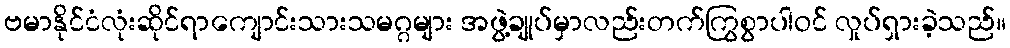
ဗမာနိုင်ငံလုံးဆိုင်ရာကျောင်းသားသမဂ္ဂများ အဖွဲ့ချုပ်မှာလည်းတက်ကြွစွာပါဝင် လှုပ်ရှားခဲ့သည်။